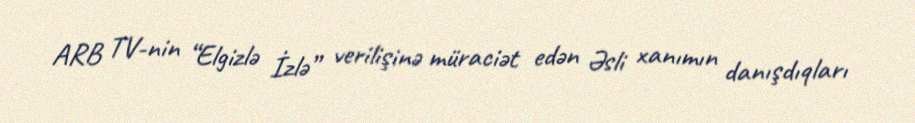
ARB TV-nin “Elgizlə İzlə” verilişinə müraciət edən Əsli xanımın danışdıqları